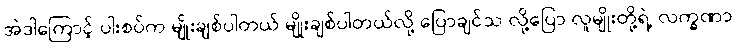
အဲဒါကြောင့် ပါးစပ်က မျိုးချစ်ပါတယ် မျိုးချစ်ပါတယ်လို့ ပြောချင်သ လို့ပြော လူမျိုးတို့ရဲ့ လက္ခဏာ